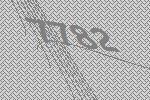
7782